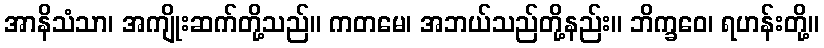
အာနိသံသာ၊ အကျိုးဆက်တို့သည်။ ကတမေ၊ အဘယ်သည်တို့နည်း။ ဘိက္ခဝေ၊ ရဟန်းတို့။